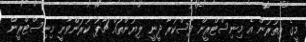
މީގެ އިތުރުން އެ މިނިސްޓްރީން ފާސްކުރާ ދީނީ ލިޔުންތައް ޗާޕު ކުރަންވާނީ މިނިސްޓްރީން